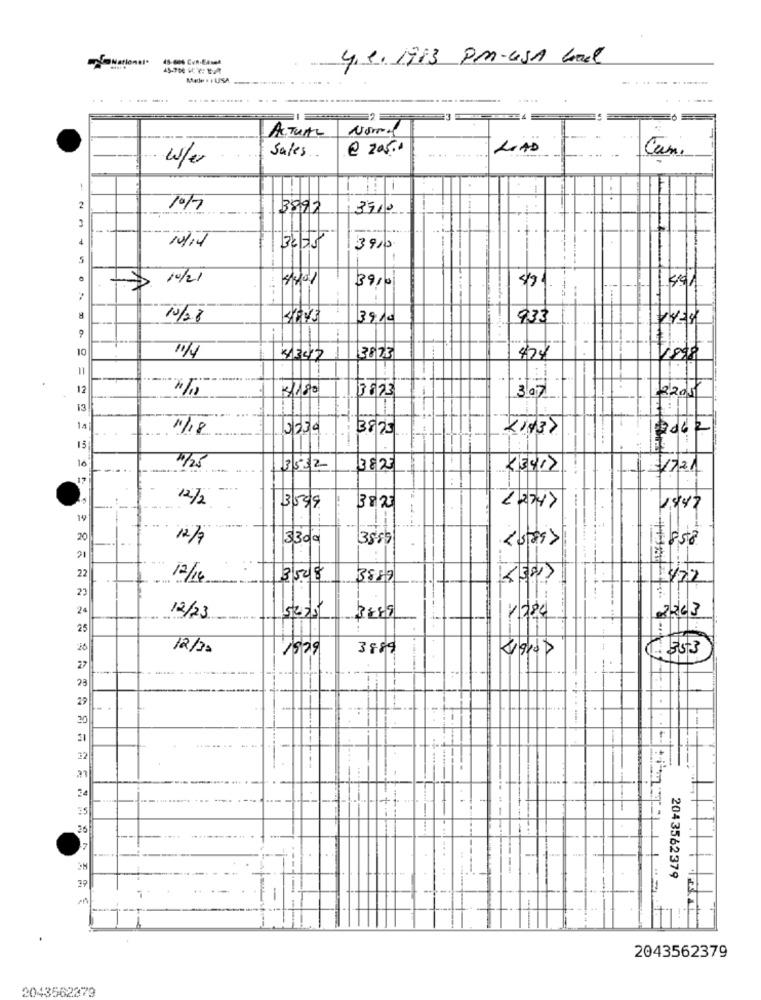
4.1. 1913 PM-USA Wal
Normal
ACTUAL
@ 205.0
LOAD
w/a
Sales
Cam.
2
10%
3892
3510
NA
10/17
3910
10/21
3910
$91.
491
8
10/28
39.10
933
14-4
9
10
3873
474
1800
12
3/180
307
13
14]
1/18
3875
15
10
10/25
3532
382
/721
12/2
- -
3539
38 2
--
12347
1347
19
20
12/7
3300
3885
<589)
7:58
22
12/16
3 508
3887
<EN)
23
24
12/23
1284
2263
25
12/20
1529
3889
27
23
29
30
--
32
35
36
... ..
2043562379
--
1
2043562379
2043562379